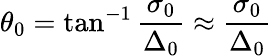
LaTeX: \theta_{0}=\tan^{-1}\frac{\sigma_{0}}{\Delta_{0}}\approx\frac{\sigma_{0}}{\Delta_{0}}